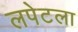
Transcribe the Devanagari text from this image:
लपेटला